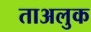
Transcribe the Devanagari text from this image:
ताअलुक